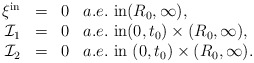
\begin{align*}\begin{array}{rcll}\xi^{\mathrm{in}}&=&0& a.e.~\mbox{in}(R_{0},\infty),\\\mathcal{I}_{1}&=&0 & a.e.~\mbox{in}(0, t_{0})\times(R_{0}, \infty), \\\mathcal{I}_{2}&=&0 & a.e.~\mbox{in}~(0, t_{0})\times(R_{0}, \infty).\end{array}\end{align*}